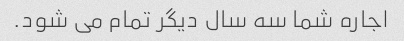
اجاره شما سه سال دیگر تمام می شود.